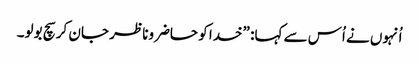
‏ اُنہوں نے اُس سے کہا:‏ ”‏خدا کو حاضروناظر جان کر سچ بولو۔